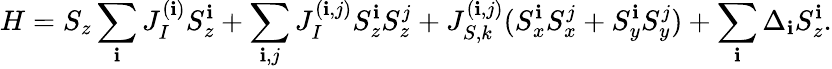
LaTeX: H=S_{z}\sum_{\mathbf{i}}J_{I}^{(\mathbf{i})}S_{z}^{\mathbf{i}}+\sum_{\mathbf{i},j}J_{I}^{(\mathbf{i},j)}S_{z}^{\mathbf{i}}S_{z}^{j}+J_{S,k}^{(\mathbf{i},j)}(S_{x}^{\mathbf{i}}S_{x}^{j}+S_{y}^{\mathbf{i}}S_{y}^{j})+\sum_{\mathbf{i}}\Delta_{\mathbf{i}}S_{z}^{\mathbf{i}}.